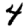
Digit: 4